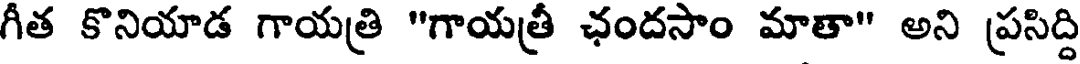
గీత కొనియాడ గాయత్రి "గాయత్రీ ఛందసాం మాతా" అని ప్రసిద్ది